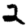
Digit: 2